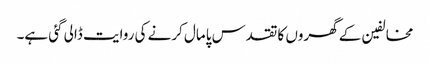
مخالفین کے گھروں کا تقدس پامال کرنے کی روایت ڈالی گئی ہے۔